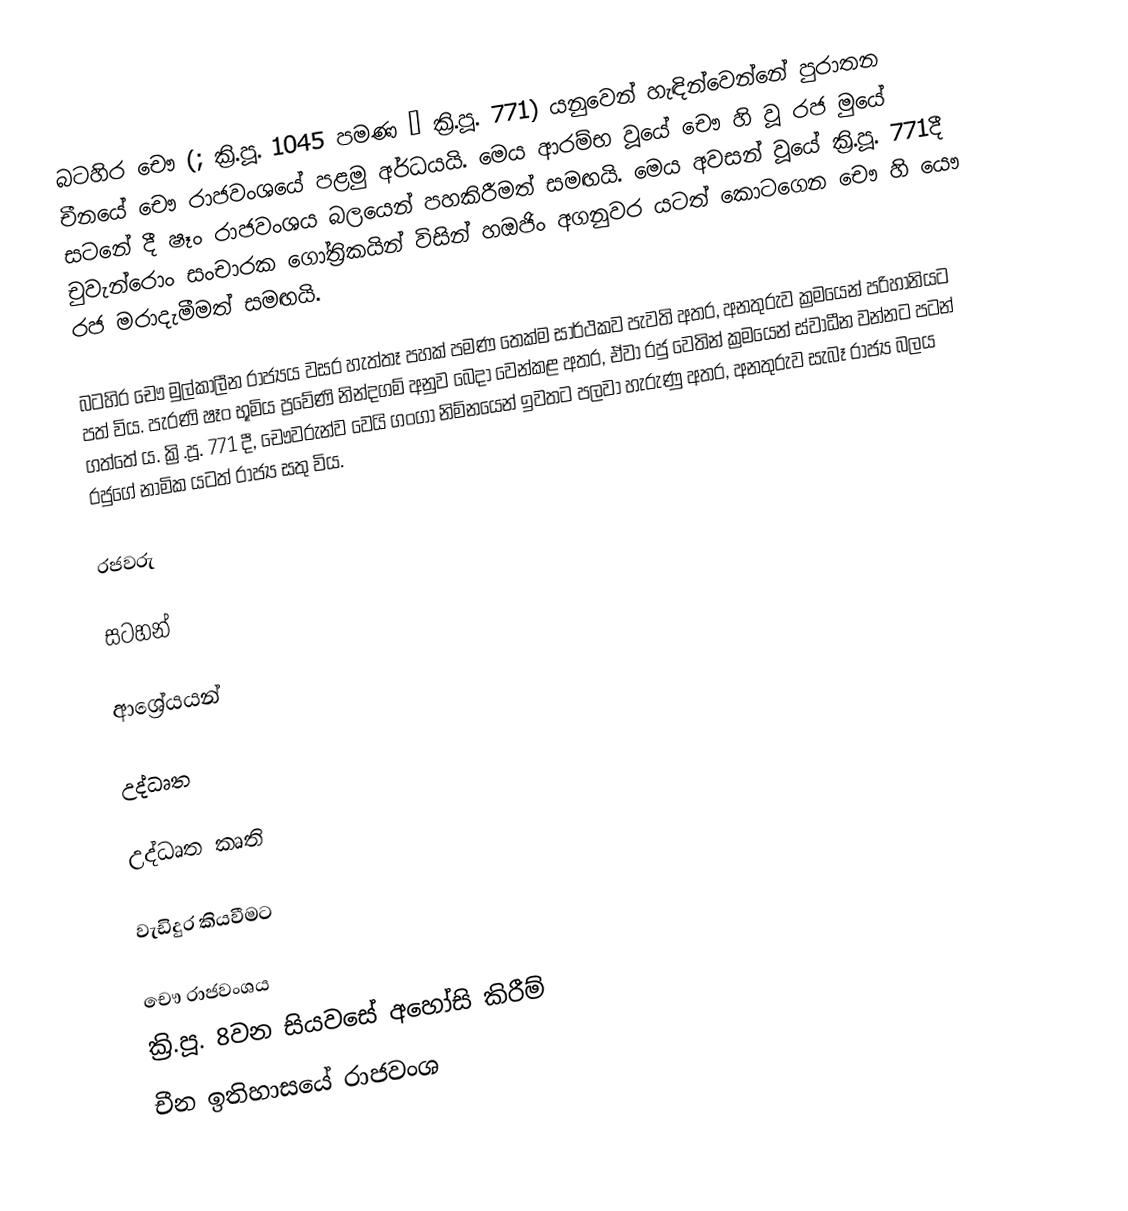
බටහිර චෞ (; ක්‍රි.පූ. 1045 පමණ – ක්‍රි.පූ. 771) යනුවෙන් හැඳින්වෙන්නේ පුරාතන චීනයේ චෞ රාජවංශයේ පළමු අර්ධයයි. මෙය ආරම්භ වූයේ චෞ හි වූ රජ මුයේ සටනේ දී ෂෑං රාජවංශය බලයෙන් පහකිරීමත් සමඟයි. මෙය අවසන් වූයේ ක්‍රි.පූ. 771දී චුවැන්රොං සංචාරක ගෝත්‍රිකයින් විසින් හඔජිං අගනුවර යටත් කොටගෙන චෞ හි යෞ රජ මරාදැමීමත් සමඟයි.

බටහිර චෞ මුල්කාලීන ‍රාජ්‍යය වසර හැත්තෑ පහක් පමණ තෙක්ම සාර්ථකව පැවති අතර, අනතුරුව ක්‍රමයෙන් පරිහානියට පත් විය. පැරණි ෂෑං භූමිය ප්‍රවේණි නින්දගම් අනුව බෙදා වෙන්කළ අතර, ඒවා රජු වෙතින් ක්‍රමයෙන් ස්වාධීන වන්නට පටන් ගත්තේ ය. ක්‍රි.පූ. 771 දී, චෞවරුන්ව වෙයි ගංගා නිම්නයෙන් ඉවතට පලවා හැරුණු අතර, අනතුරුව සැබෑ රාජ්‍ය බලය රජුගේ නාමික යටත් රාජ්‍ය සතු විය.

රජවරු

සටහන්

ආශ්‍රේයයන්

උද්ධෘත

උද්ධෘත කෘති

වැඩිදුර කියවීමට

චෞ රාජවංශය
ක්‍රි.පූ. 8වන සියවසේ අහෝසි කිරීම්
චීන ඉතිහාසයේ රාජවංශ